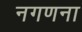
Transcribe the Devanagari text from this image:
नगणना